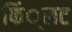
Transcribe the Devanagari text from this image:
फिं्लट